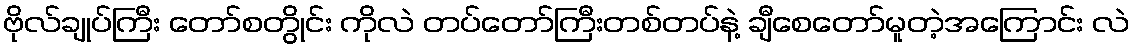
ဗိုလ်ချုပ်ကြီး တော်စတွိုင်း ကိုလဲ တပ်တော်ကြီးတစ်တပ်နဲ့ ချီစေတော်မူတဲ့အကြောင်း လဲ